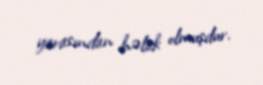
yarasından həlak olmuşdur.